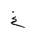
Letter: _gayn